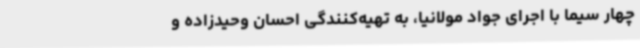
چهار سیما با اجرای جواد مولانیا، به تهیه‌کنندگی احسان وحیدزاده و